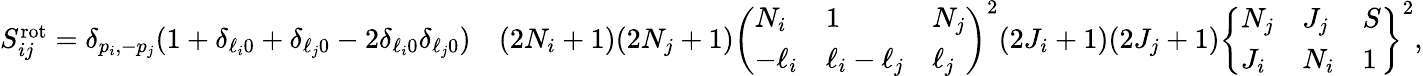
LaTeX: \begin{array}{rl}{S_{ij}^{\mathrm{rot}}=\delta_{p_{i},-p_{j}}(1+\delta_{\ell_{i}0}+\delta_{\ell_{j}0}-2\delta_{\ell_{i}0}\delta_{\ell_{j}0})}&{(2N_{i}+1)(2N_{j}+1)\left(\begin{array}{lll}{N_{i}}&{1}&{N_{j}}\\ {-\ell_{i}}&{\ell_{i}-\ell_{j}}&{\ell_{j}}\end{array}\right)^{2}(2J_{i}+1)(2J_{j}+1)\left\{ \begin{array}{lll}{N_{j}}&{J_{j}}&{S}\\ {J_{i}}&{N_{i}}&{1}\end{array}\right\} ^{2},}\end{array}